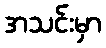
အသင်းမှာ